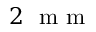
2 ~ \textrm { m m }